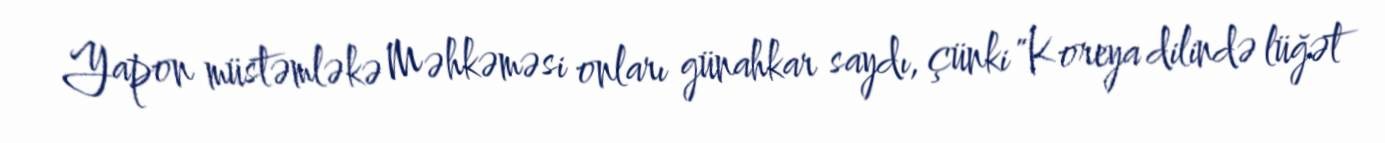
Yapon müstəmləkə Məhkəməsi onları günahkar saydı, çünki "Koreya dilində lüğət